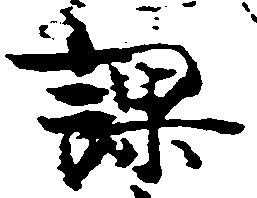
課